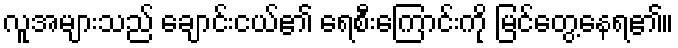
လူအများသည် ချောင်းငယ်၏ ရေစီးကြောင်းကို မြင်တွေ့နေရ၏။